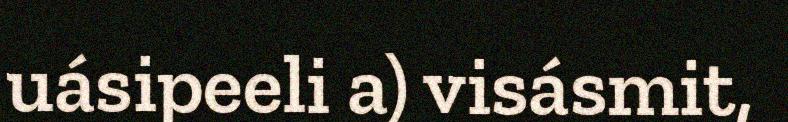
uásipeeli a) visásmit,